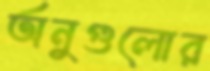
অনুগুলোর